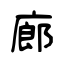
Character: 廊